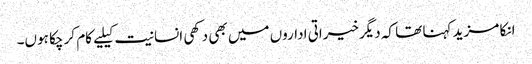
انکا مزید کہنا تھا کہ دیگرخیراتی اداروں میں بھی دکھی انسانیت کیلیے کام کر چکا ہوں۔